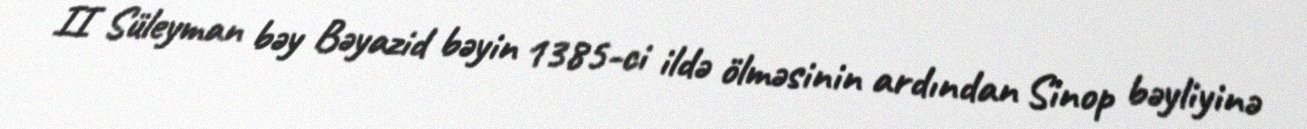
II Süleyman bəy Bəyazid bəyin 1385-ci ildə ölməsinin ardından Sinop bəyliyinə